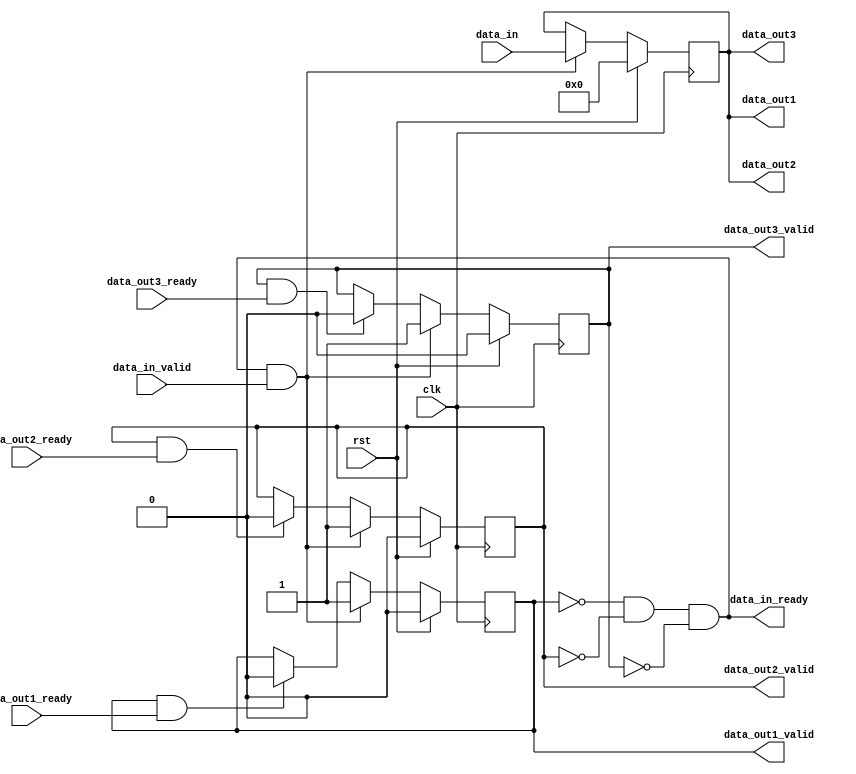
module fifo_splitter3 #(
    parameter DATA_WIDTH=32
) (
    input clk,
    input rst,
    // data in
    input  [DATA_WIDTH-1:0] data_in,
    input                   data_in_valid,
    output                  data_in_ready,
    // data out 1
    output [DATA_WIDTH-1:0] data_out1,
    output                  data_out1_valid,
    input                   data_out1_ready,
    // data out 2
    output [DATA_WIDTH-1:0] data_out2,
    output                  data_out2_valid,
    input                   data_out2_ready,
    // data out 3
    output [DATA_WIDTH-1:0] data_out3,
    output                  data_out3_valid,
    input                   data_out3_ready
);

    reg [DATA_WIDTH-1:0] data_buffer;
    reg valid1, valid2, valid3;

    always @ (posedge clk) begin
        if (rst) begin
            data_buffer <= 0;
            valid1      <= 0;
            valid2      <= 0;
            valid3      <= 0;
        end
        else begin
            if (~valid1 && ~valid2 && ~valid3 && data_in_valid) begin // ask for next data
                data_buffer <= data_in;
                valid1      <= 1;
                valid2      <= 1; 
                valid3      <= 1;
            end
            else begin
                valid1 <= (valid1 && data_out1_ready) ? 0 : valid1;
                valid2 <= (valid2 && data_out2_ready) ? 0 : valid2;
                valid3 <= (valid3 && data_out3_ready) ? 0 : valid3;
            end
        end
    end

    // outputs
    assign data_out1       = data_buffer;
    assign data_out2       = data_buffer;
    assign data_out3       = data_buffer;
    assign data_in_ready   = (~valid1 && ~valid2 && ~valid3);
    assign data_out1_valid = valid1;
    assign data_out2_valid = valid2;
    assign data_out3_valid = valid3;

endmodule